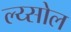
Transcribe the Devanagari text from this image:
ल्य्सोल